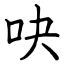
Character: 吷